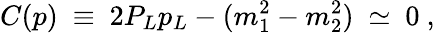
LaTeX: C(p)\ \equiv\ 2P_{L}p_{L}-(m_{1}^{2}-m_{2}^{2})\ \simeq\ 0\ ,